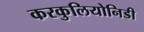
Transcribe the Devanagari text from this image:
करकुलियोनिडी